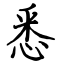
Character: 悉